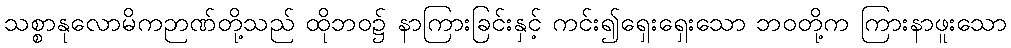
သစ္စာနုလောမိကဉာဏ်တို့သည် ထိုဘဝ၌ နာကြားခြင်းနှင့် ကင်း၍ရှေးရှေးသော ဘဝတို့က ကြားနာဖူးသော